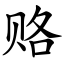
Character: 赂